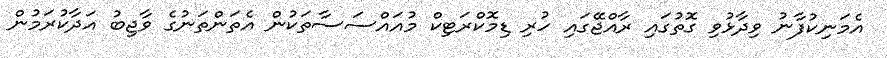
އެމަނިކުފާނު ވިދާޅުވި ގޮތުގައި ރާއްޖޭގައި ހުރި ޑިމޮކްރަޓިކް މުއައްސަސާތަކުން އެތަންތަނުގެ ވާޖިބު އަދާކުރަމުން